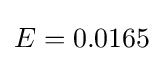
E=0.0165